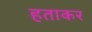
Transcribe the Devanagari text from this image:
हताकर